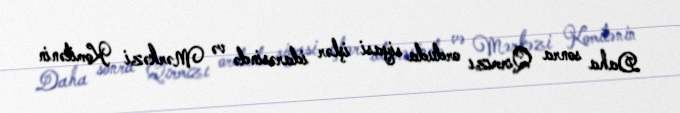
Daha sonra Qırmızı orduda siyasi işlər idarəsində və Mərkəzi Komitənin